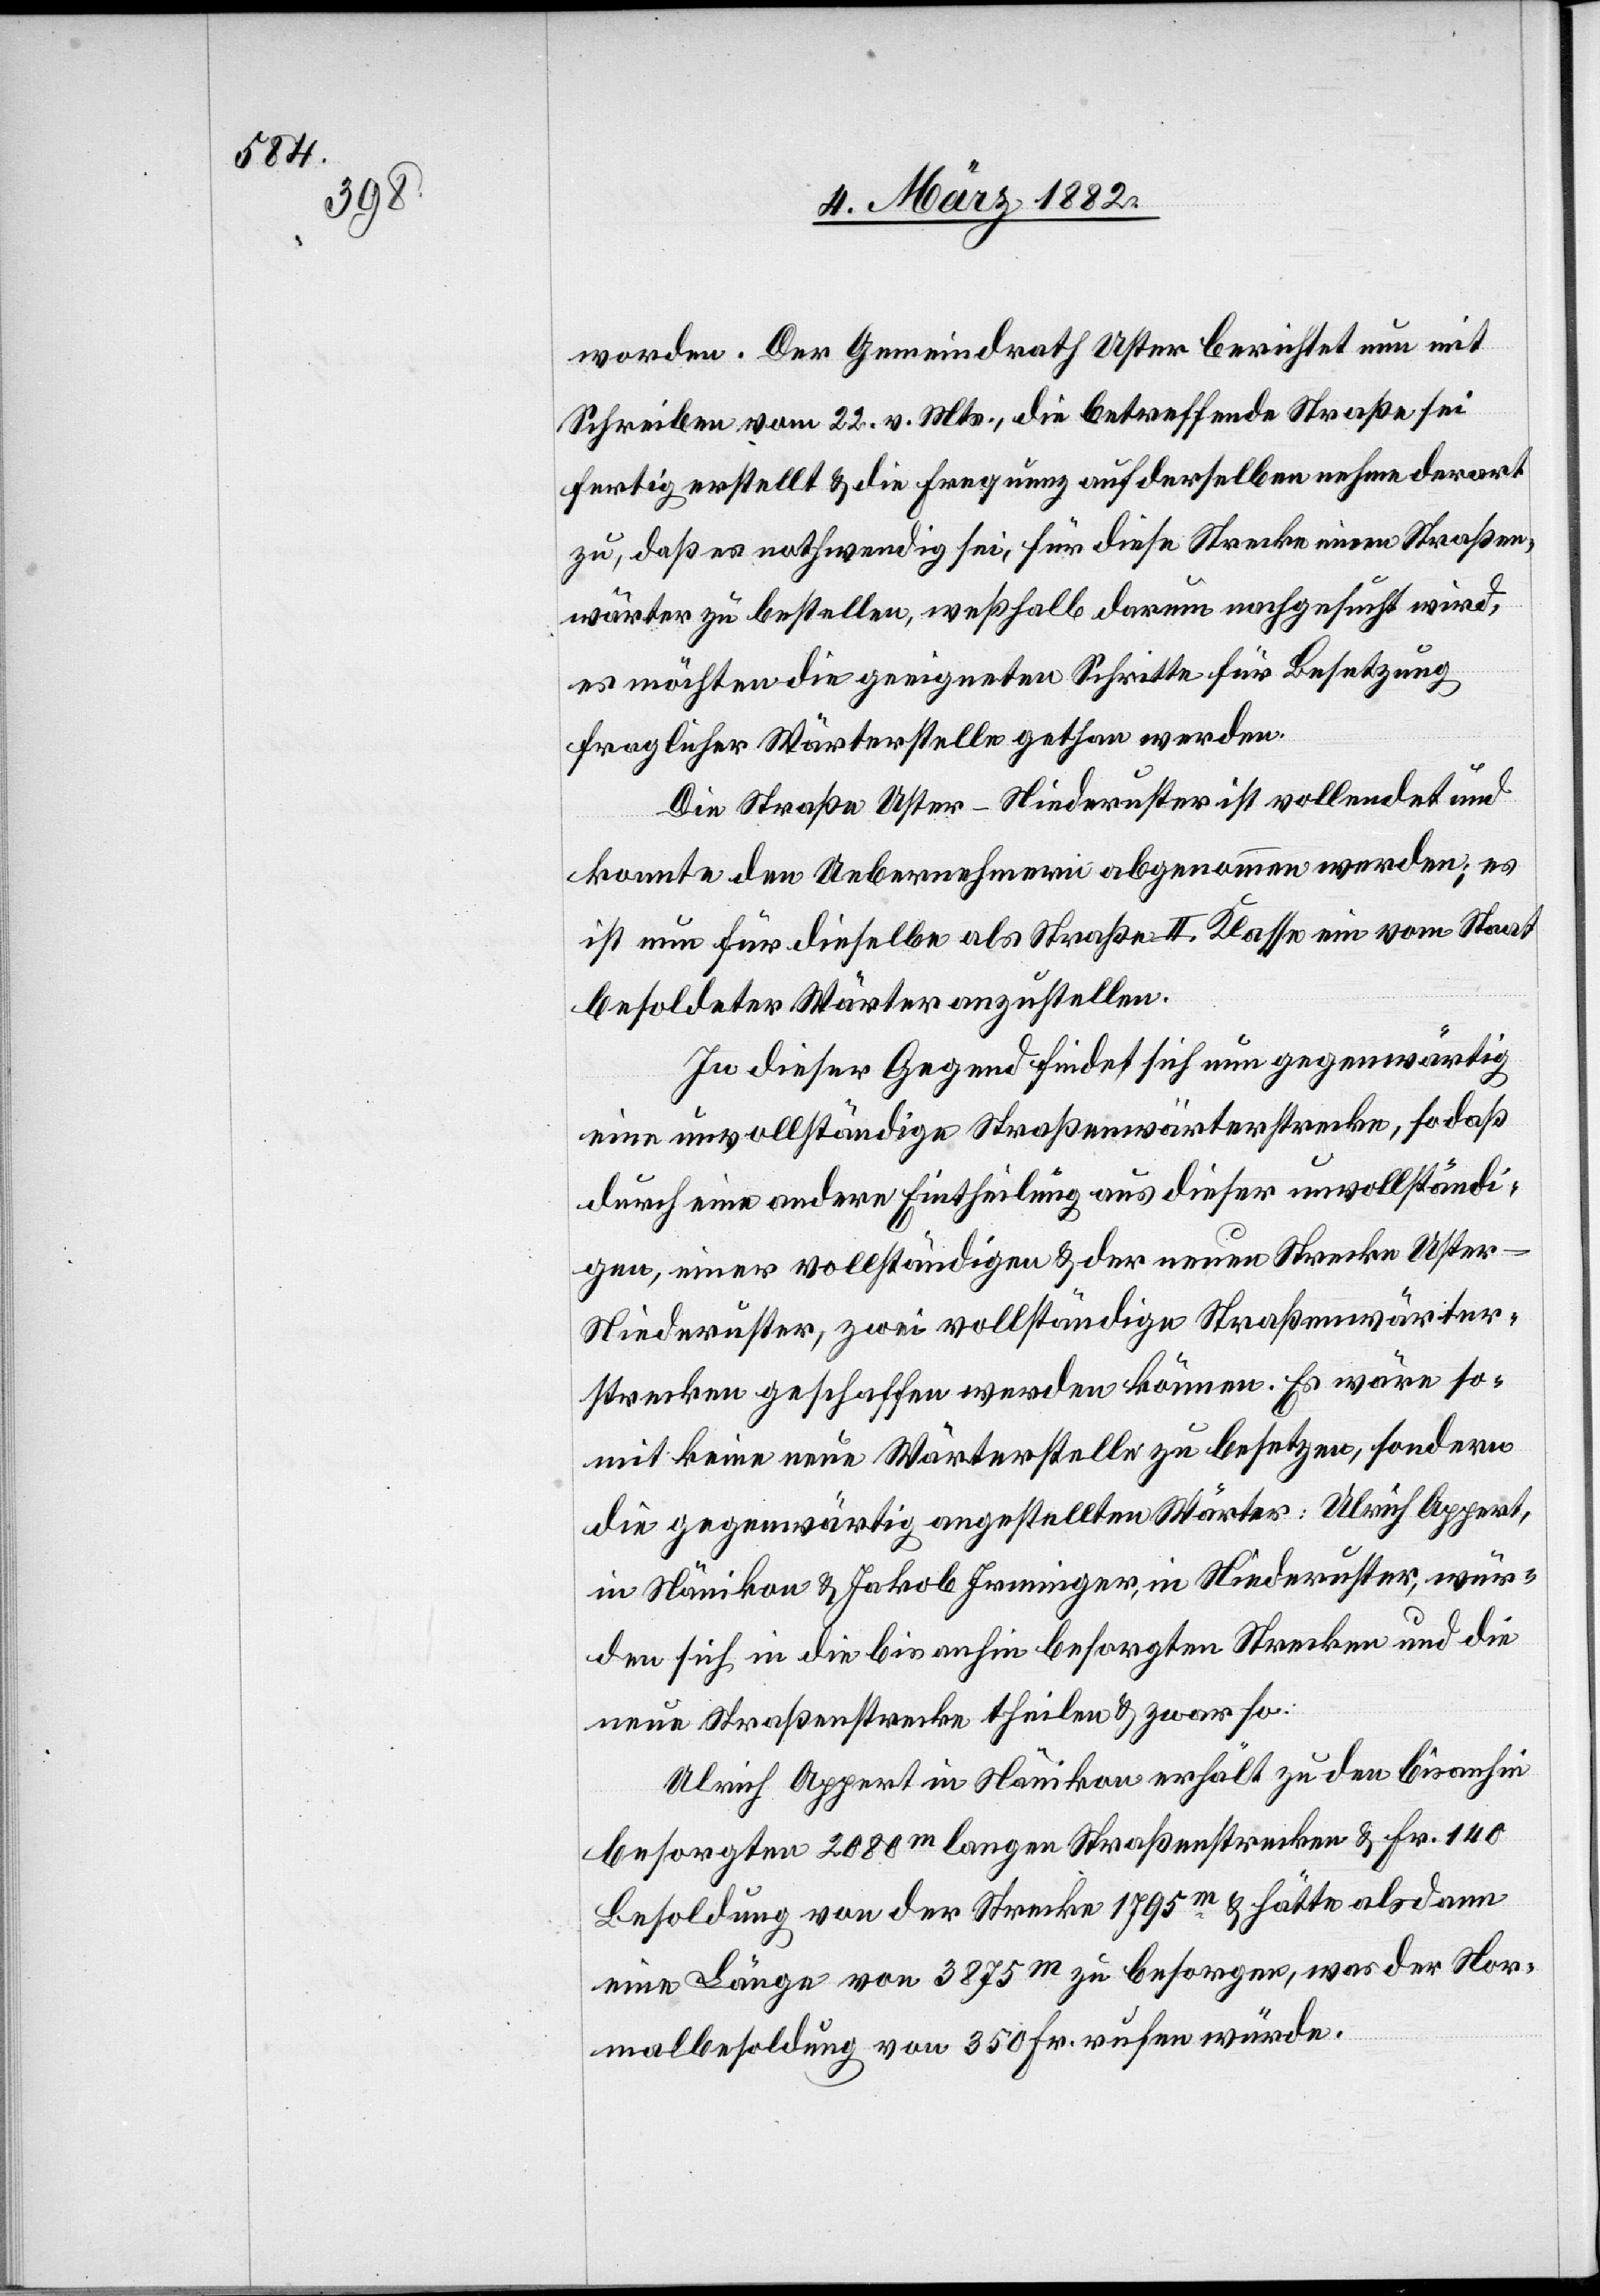
worden. Der Gemeindrath Uster berichtet nun mit
Schreiben vom 22. v. Mts., die betreffende Straße sei
fertig erstellt & die Frequenz auf derselben nehme derart
zu, daß es nothwendig sei, für diese Strecke einen Straßen¬
wärter zu bestellen, weßhalb darum nachgesucht wird,
es möchten die geeigneten Schritte für Besetzung
fraglicher Wärterstelle gethan werden.
Die Straße Uster–Niederuster ist vollendet und
konnte den Uebernehmern abgenommen werden; es
ist neu für dieselbe als Straße II. Klasse ein vom Staat
besoldeter Wärter anzustellen.
In dieser Gegend findet sich nun gegenwärtig
eine unvollständige Straßenwärterstrecke, so daß
durch eine andere Eintheilung aus dieser unvollständi¬
gen, einer vollständigen & der neuen Strecke Uster–N¬
iederuster, zwei vollständige Straßenwärter¬
strecken geschaffen werden können. Es wäre so¬
mit keine neue Wärterstelle zu besetzen, sondern
die gegenwärtig angestellten Wärter: Ulrich Appert,
in Nänikon & Jakob Irminger, in Niederuster, wur¬
den sich in die bis anhin besorgten Strecken und die
neue Straßenstrecke theilen & zwar so:
Ulrich Appert in Nänikon erhält zu der bis anhin
besorgten 2080m langen Straßenstrecke & Fr. 140
Besoldung von der Strecke 1795m & hätte alsdann
eine Länge von 3875m zu besorgen, was der Nor¬
malbesoldung von 350 Fr. rufen würde.